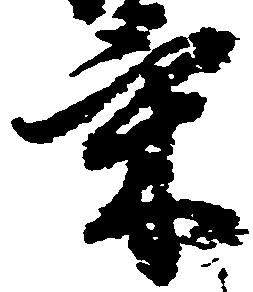
気